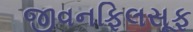
જીવનફિલસૂફ